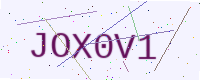
Text: JOX0V1